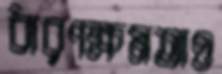
ধারণক্ষমতাও